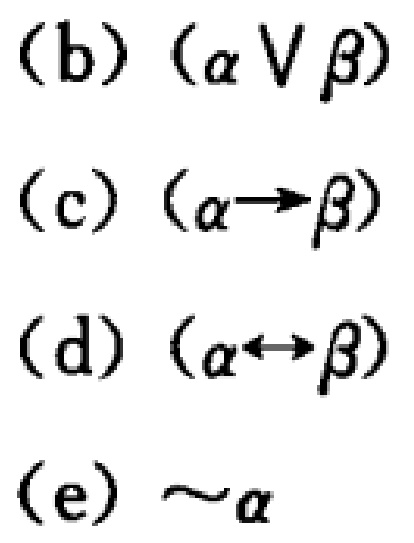
(b) $(\alpha \vee \beta)$

(c) $(\alpha\rightarrow \beta)$

(d) $(\alpha\leftrightarrow \beta)$

(e) $\sim\alpha$